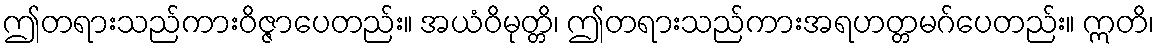
ဤတရားသည်ကားဝိဇ္ဇာပေတည်း။ အယံဝိမုတ္တိ၊ ဤတရားသည်ကားအရဟတ္တမဂ်ပေတည်း။ ဣတိ၊